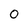
Character: 0